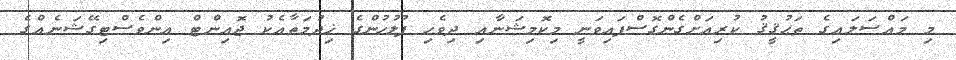
މި މައްސަލައިގެ ތަޙުޤީޤު ކުރިއަށްގެންގޮސްފައިވަނީ މިކޮމިޝަނާއި ދިވެހި ފުލުހުންގެ ޚިދުމަތާއެކު ޖޮއިންޓް އިންވެސްޓިގޭޝަނެއްގެ